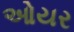
ઓયર